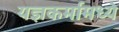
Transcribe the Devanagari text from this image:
यज्ञकर्मामध्ये